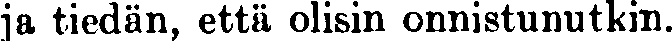
ja tiedän, että olisin onnistunutkin.